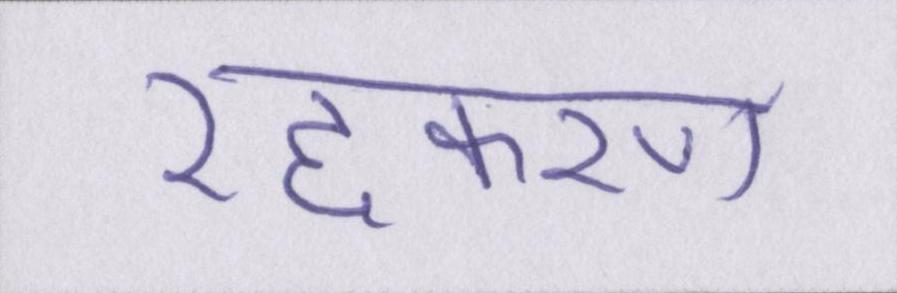
रद्दकरण